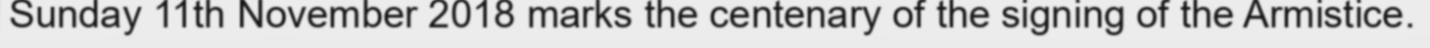
Sunday 11th November 2018 marks the centenary of the signing of the Armistice.